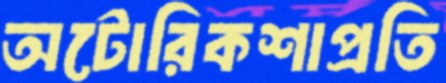
অটোরিকশাপ্রতি